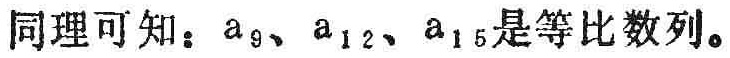
同理可知：\(a_{9}、a_{12}、a_{15}\)是等比数列。